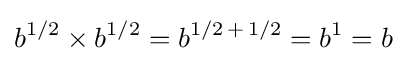
b^{1/2}\times b^{1/2}=b^{1/2\,+\,1/2}=b^{1}=b